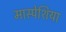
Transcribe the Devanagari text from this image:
मास्पेशिया